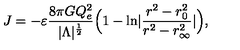
J = - \varepsilon { \frac { 8 \pi G Q _ { e } ^ { 2 } } { | \Lambda | ^ { \frac { 1 } { 2 } } } } \Bigl ( 1 - \mathrm { l n } | { \frac { r ^ { 2 } - r _ { 0 } ^ { 2 } } { r ^ { 2 } - r _ { \infty } ^ { 2 } } } | \Bigr ) ,